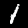
Label: 1